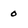
Character: 0